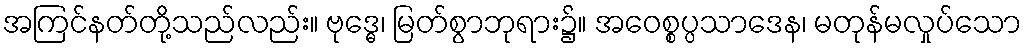
အကြင်နတ်တို့သည်လည်း။ ဗုဒ္ဓေ၊ မြတ်စွာဘုရား၌။ အဝေစ္စပ္ပသာဒေန၊ မတုန်မလှုပ်သော